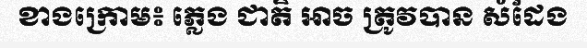
ខាងក្រោម៖ ភ្លេង ជាតិ អាច ត្រូវបាន សំដែង